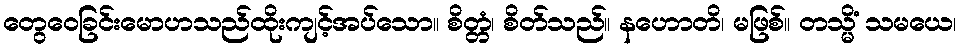
တွေဝေခြင်းမောဟသည်ထိုးကျင့်အပ်သော။ စိတ္တံ၊ စိတ်သည်။ နဟောတိ၊ မဖြစ်။ တသ္မိံ သမယေ၊